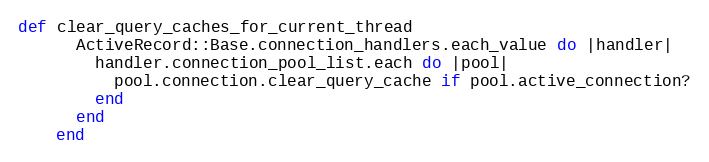
Language: Ruby
def clear_query_caches_for_current_thread
      ActiveRecord::Base.connection_handlers.each_value do |handler|
        handler.connection_pool_list.each do |pool|
          pool.connection.clear_query_cache if pool.active_connection?
        end
      end
    end